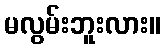
မလွမ်းဘူးလား။